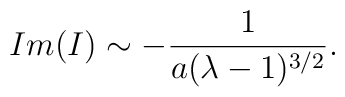
Im(I) \sim - {1 \over a(\lambda - 1)^{3 / 2}}.